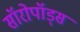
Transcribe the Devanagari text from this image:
सॉरोपॉड्स